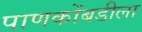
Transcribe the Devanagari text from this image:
पाणकोंबडीला